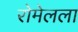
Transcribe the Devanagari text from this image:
रोमेलला